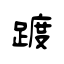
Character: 踱